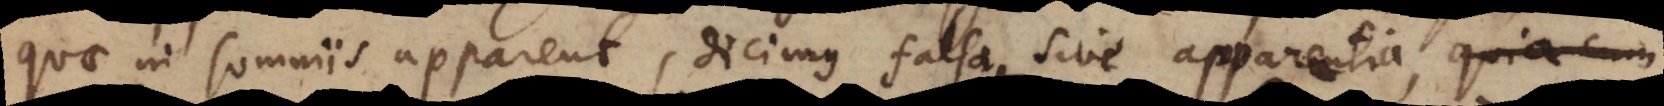
quae in somniis apparent, dicimus falsa sive apparentia,